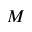
M